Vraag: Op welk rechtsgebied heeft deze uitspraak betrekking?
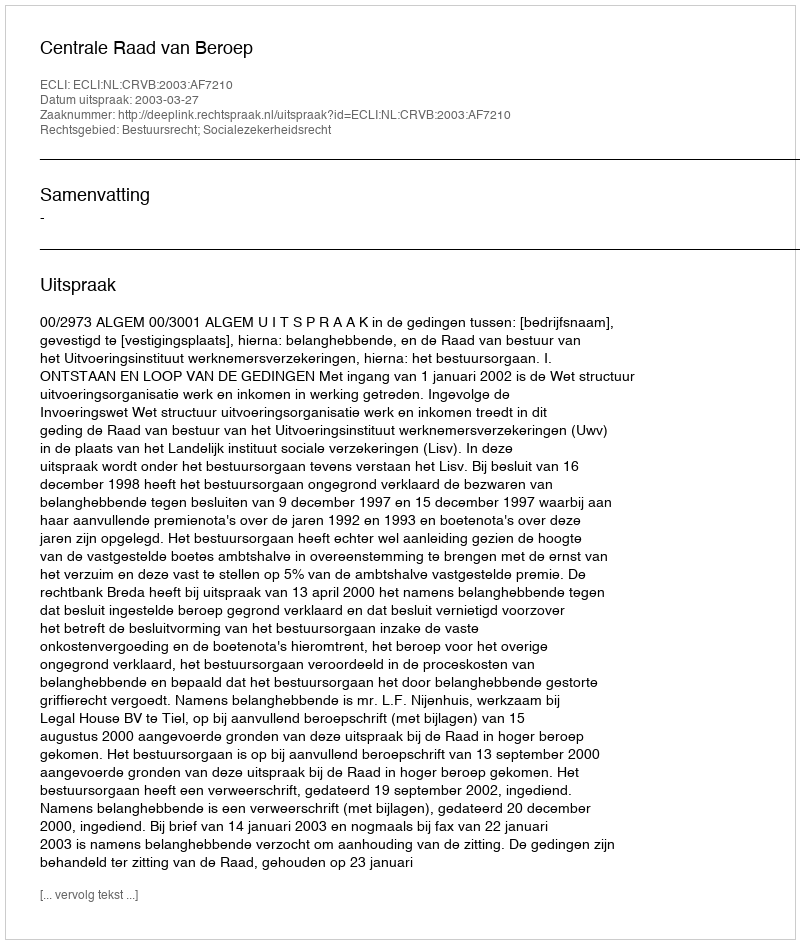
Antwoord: Bestuursrecht; Socialezekerheidsrecht